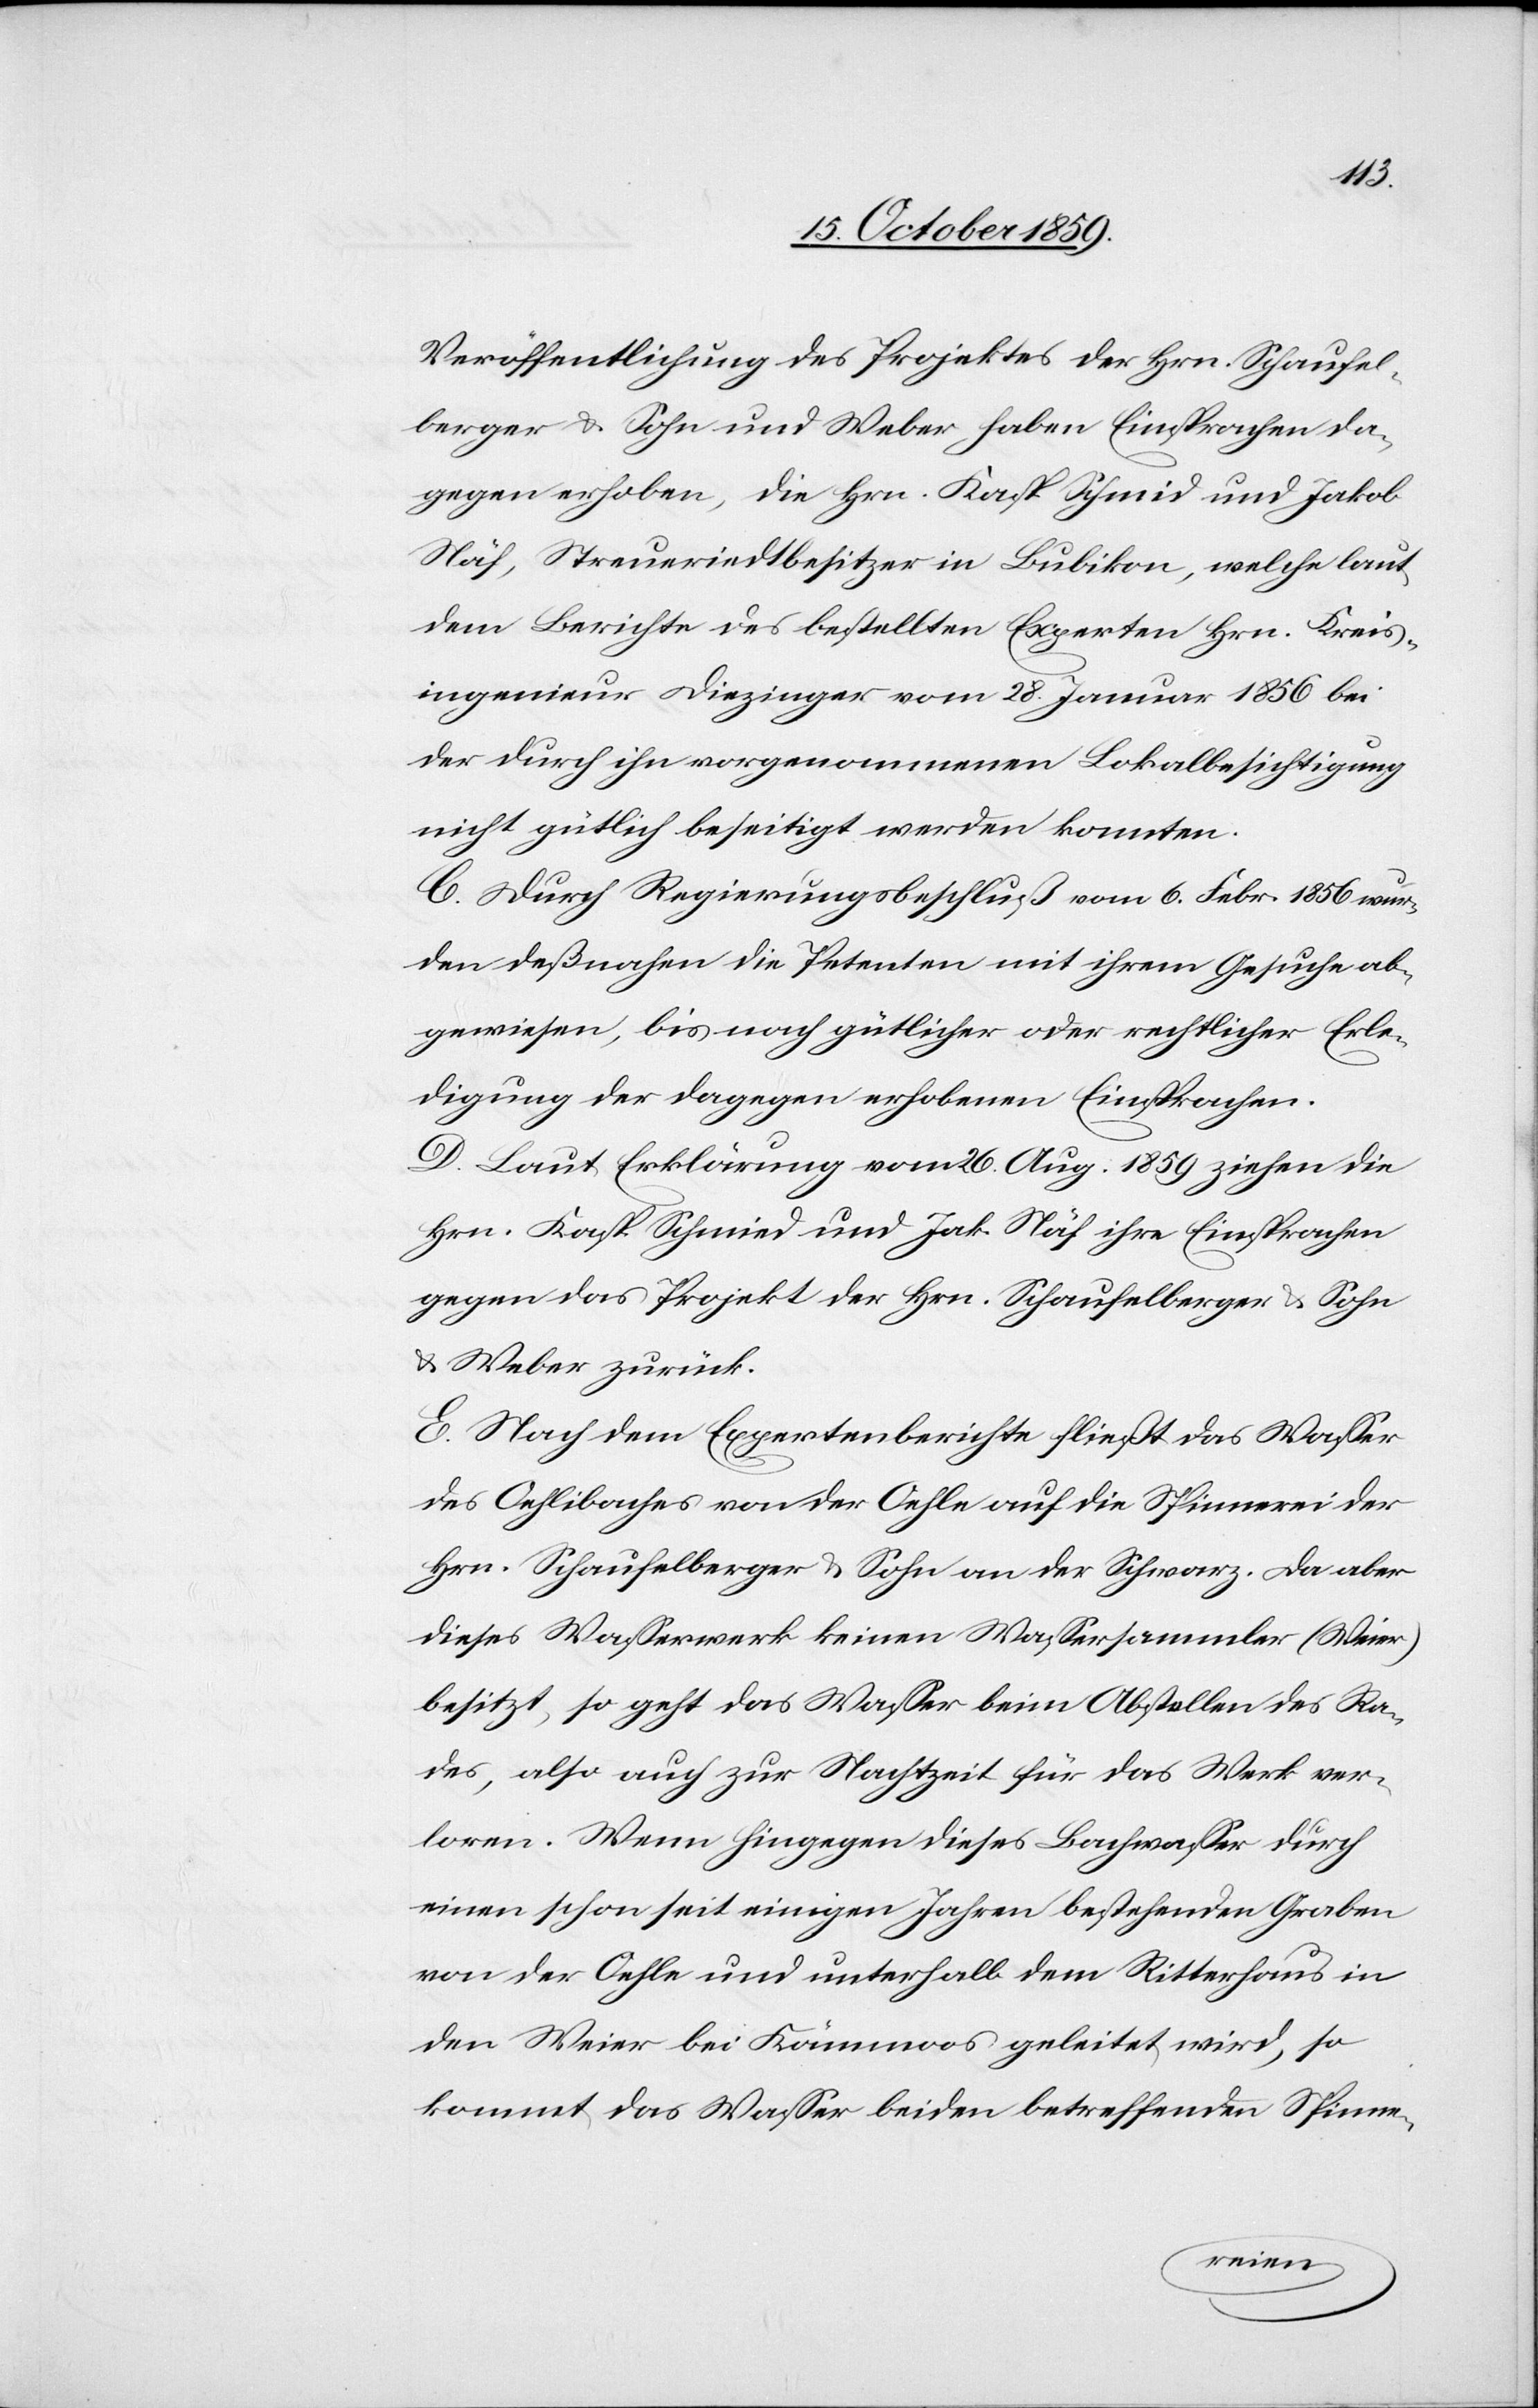
Veröffentlichung des Projektes der Hrn. Schaufel¬
berger & Sohn und Weber haben Einsprachen da¬
gegen erhoben, die Hrn. Kasp. Schmid und Jakob
Näf, Streueriedsbesitzer in Bubikon, welche laut
dem Berichte des bestellten Experten Hrn. Kreis¬
ingenieur Diezinger vom 28. Januar 1856 bei
der durch ihn vorgenommenen Lokalbesichtigung
nicht gütlich beseitigt werden konnten.
C. Durch Regierungsbeschluß vom 6. Febr. 1856 wur¬
den deßnahen die Petenten mit ihrem Gesuch ab¬
gewiesen, bis nach gütlicher oder rechtlicher Erle¬
D. Laut Erklärung vom 26. Aug. 1859 ziehen die
Hrn. Kasp. Schmid und Jak. Näf ihre Einsprachen
gegen das Projekt der Hrn. Schaufelberger & Sohn
& Weber zurück.
E. Nach dem Expertenberichte fließt das Wasser
des Oehlibaches von der Oehle auf die Spinnerei der
Hrn. Schaufelberger & Sohn an der Schwarz. Da aber
dieses Wasserwerk keinen Wassersammler (Weier)
besitzt, so geht das Wasser beim Abstellen des Ra¬
des, also auch zur Nachtzeit für das Werk ver¬
loren. Wenn hingegen dieses Bachwasser durch
einen schon seit einigen Jahren bestehenden Graben
von der Oehle und unterhalb dem Ritterhaus in
den Weier bei Kämmoos geleitet wird, so
kommt das Wasser beiden betreffenden Spinn-
digung